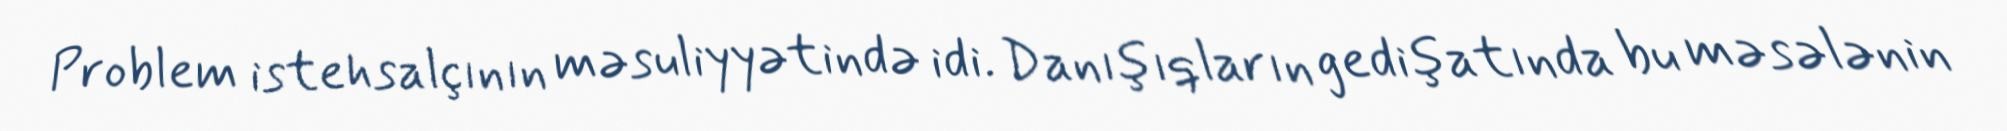
Problem istehsalçının məsuliyyətində idi. Danışıqların gedişatında bu məsələnin